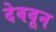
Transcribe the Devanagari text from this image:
देववून